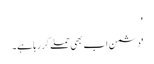
'
'دشمن اب بھی حملے کر رہا ہے۔